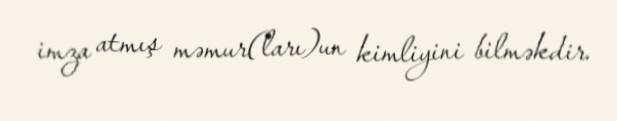
imza atmış məmur(ları)un kimliyini bilməkdir.